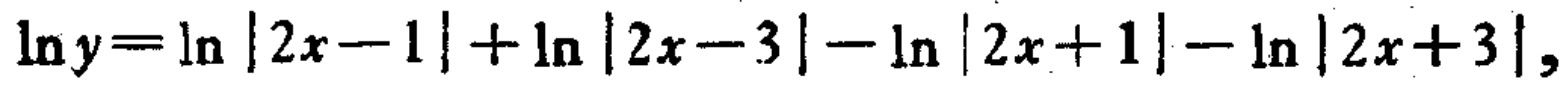
\(\ln y=\ln |2x - 1|+\ln |2x - 3|-\ln |2x + 1|-\ln |2x + 3|\)